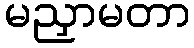
မညှာမတာ